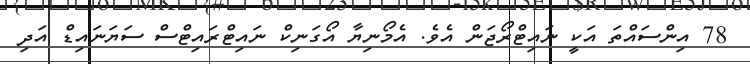
78 އިންސައްތަ އަކީ ނައިޓްރޯޖަން އެވެ. އެމޯނިޔާ އޯގަނިކް ނައިޓްރައިޓްސް ސަޔަނައިޑް އަދި